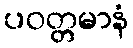
ပဝတ္တမာနံ